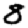
Digit: 8